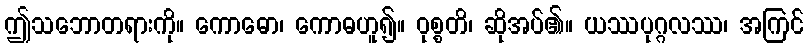
ဤသဘောတရားကို။ ကောဓော၊ ကောဓဟူ၍။ ဝုစ္စတိ၊ ဆိုအပ်၏။ ယဿပုဂ္ဂလဿ၊ အကြင်